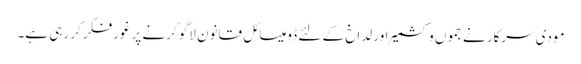
مودی سرکار نے جموں وکشمیر اور لداخ کے لئے ڈومیسائل قانون لاگو کرنے پر غورفکر کر رہی ہے۔